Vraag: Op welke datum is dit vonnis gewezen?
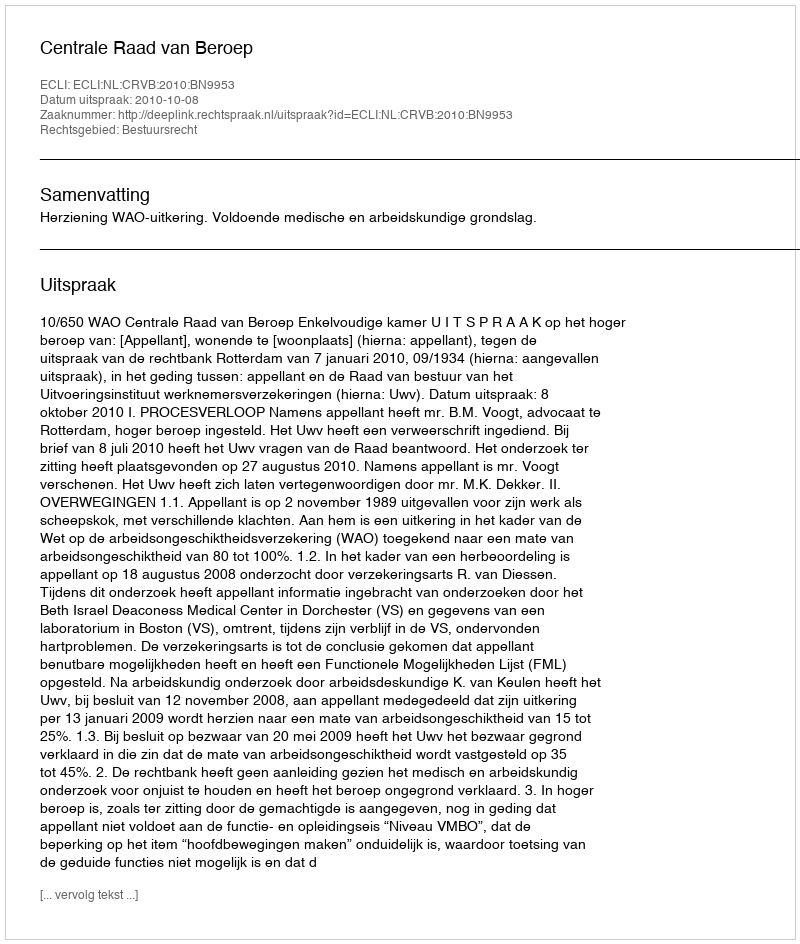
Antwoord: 2010-10-08